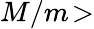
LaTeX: M/m\! >